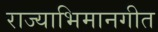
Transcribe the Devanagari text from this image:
राज्याभिमानगीत